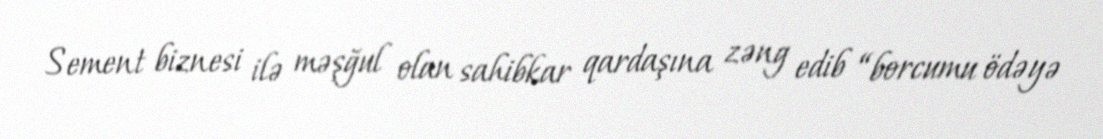
Sement biznesi ilə məşğul olan sahibkar qardaşına zəng edib “borcumu ödəyə